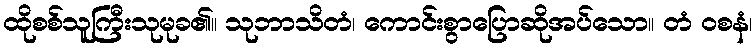
ထိုစစ်သူကြီးသုမုခ၏။ သုဘာသိတံ၊ ကောင်းစွာပြောဆိုအပ်သော။ တံ ဝစနံ၊